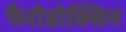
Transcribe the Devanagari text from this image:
फैरोडोक्सिन